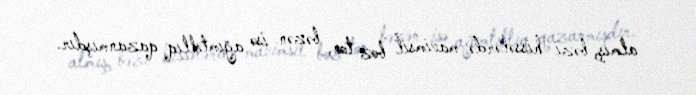
almış, bəzi hissələrdə mavimsil boz ton, bəzən isə ağımtıllıq qazanmışdır.